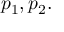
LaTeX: p _ { 1 } , p _ { 2 } .